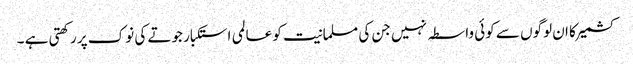
کشمیر کا ان لوگوں سے کوئی واسطہ نہیں جن کی مسلمانیت کو عالمی استکبار جوتے کی نوک پر رکھتی ہے ۔